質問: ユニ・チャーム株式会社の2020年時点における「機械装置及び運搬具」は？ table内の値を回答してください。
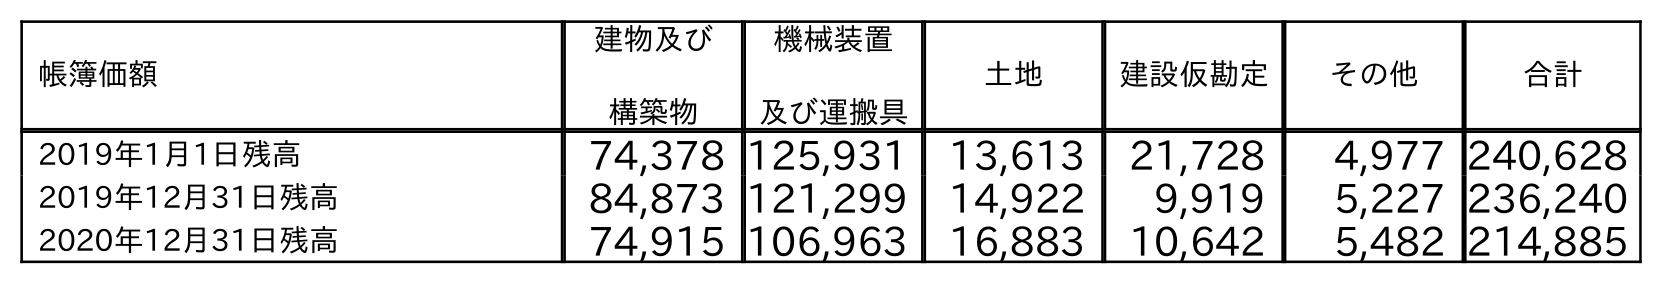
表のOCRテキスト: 帳簿価額 建物及び 構築物 機械装置 及び運搬具 土地 建設仮勘定 その他 合計 2019年1月1日残高 74,378 125,931 13,613 21,728 4,977 240,628 2019年12月31日残高 84,873 121,299 14,922 9,919 5,227 236,240 2020年12月31日残高 74,915 106,963 16,883 10,642 5,482 214,885
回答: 106,963